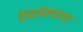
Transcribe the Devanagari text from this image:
ठेवलेह्याचा